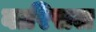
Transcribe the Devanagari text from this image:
बारिसल